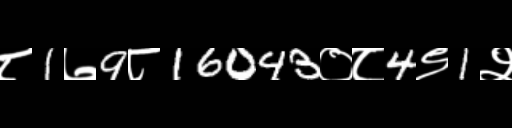
Text: ८1७9८16043०८4९1२